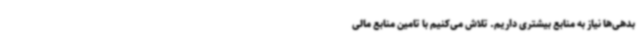
بدهی‌ها نیاز به منابع بیشتری داریم. تلاش می‌کنیم با تامین منابع مالی